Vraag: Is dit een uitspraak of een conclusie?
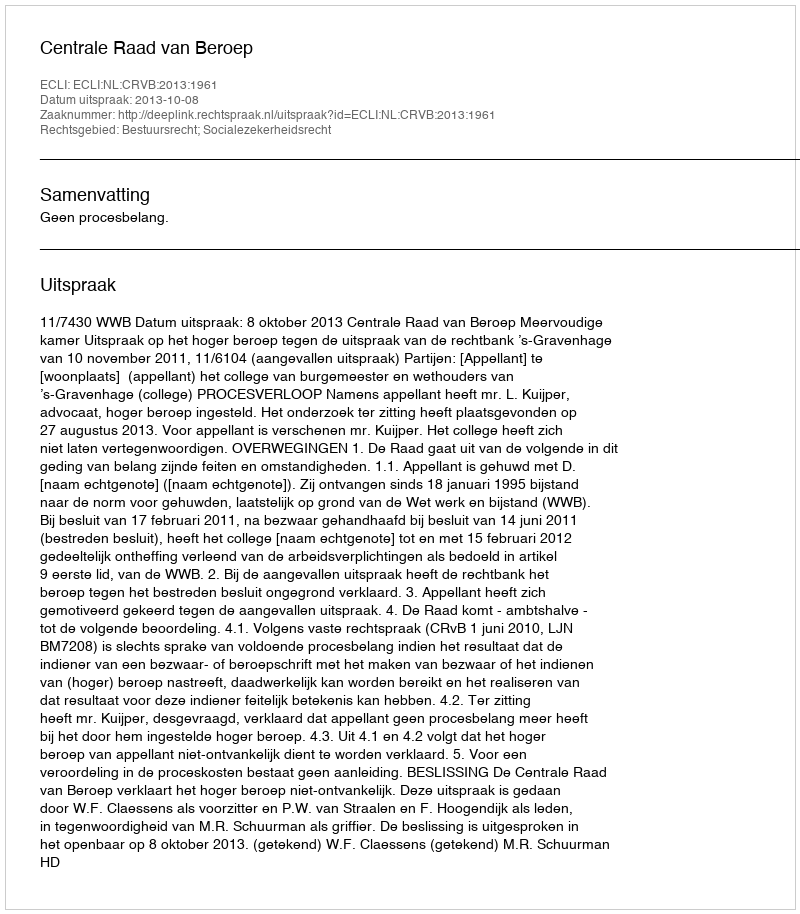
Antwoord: Uitspraak